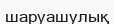
шаруашулық